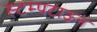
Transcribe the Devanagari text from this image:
स्टम्पटाऊन